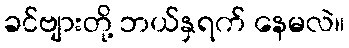
ခင်ဗျားတို့ ဘယ်နှရက် နေမလဲ။